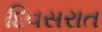
દિવસરાત